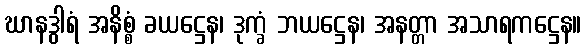
ဃာနဒွါရံ အနိစ္စံ ခယဋ္ဌေန၊ ဒုက္ခံ ဘယဋ္ဌေန၊ အနတ္တာ အသာရကဋ္ဌေန။